Civil Veterinary Dept. North-West Frontier Province 1901-22 - 1901-1922
Year: 1901
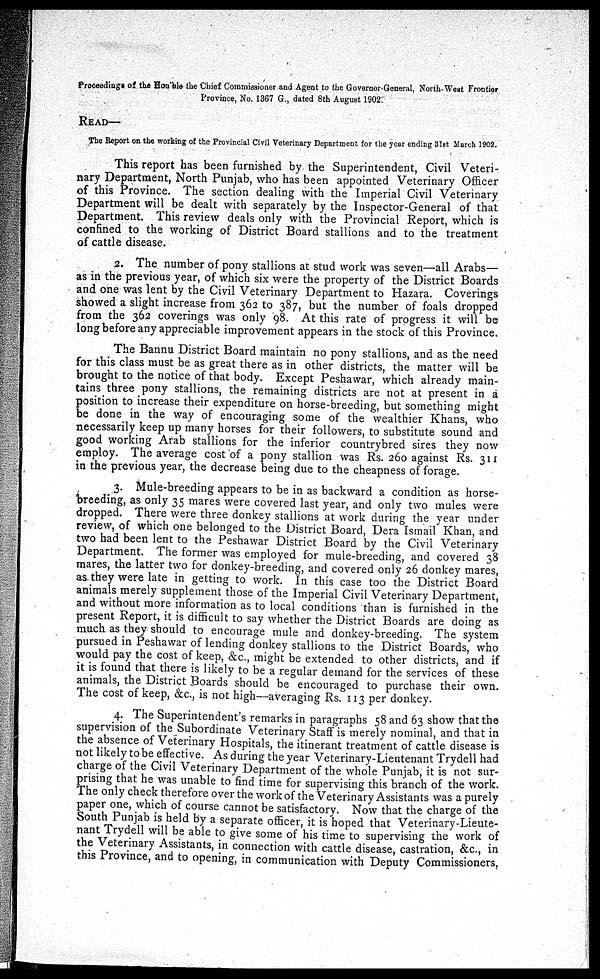
Proceedings of the Hon'ble the Chief Commissioner and Agent to the Governor-General, North-West Frontier
Province, No. 1367 G., dated 8th August 1902.
READ—
The Report on the working of the Provincial Civil Veterinary Department for the year ending 31st March 1902.
This report has been furnished by the Superintendent, Civil Veteri-
nary Department, North Punjab, who has been appointed Veterinary Officer
of this Province. The section dealing with the Imperial Civil Veterinary
Department will be dealt with separately by the Inspector-General of that
Department. This review deals only with the Provincial Report, which is
confined to the working of District Board stallions and to the treatment
of cattle disease.
2. The number of pony stallions at stud work was seven—all Arabs—
as in the previous year, of which six were the property of the District Boards
and one was lent by the Civil Veterinary Department to Hazara. Coverings
showed a slight increase from 362 to 387, but the number of foals dropped
from the 362 coverings was only 98. At this rate of progress it will be
long before any appreciable improvement appears in the stock of this Province.
The Bannu District Board maintain no pony stallions, and as the need
for this class must be as great there as in other districts, the matter will be
brought to the notice of that body. Except Peshawar, which already main-
tains three pony stallions, the remaining districts are not at present in a
position to increase their expenditure on horse-breeding, but something might
be done in the way of encouraging some of the wealthier Khans, who
necessarily keep up many horses for their followers, to substitute sound and
good working Arab stallions for the inferior countrybred sires they now
employ. The average cost of a pony stallion was Rs. 260 against Rs. 311
in the previous year, the decrease being due to the cheapness of forage.
3. Mule-breeding appears to be in as backward a condition as horse-
breeding, as only 35 mares were covered last year, and only two mules were
dropped. There were three donkey stallions at work during the year under
review, of which one belonged to the District Board, Dera Ismail Khan, and
two had been lent to the Peshawar District Board by the Civil Veterinary
Department. The former was employed for mule-breeding, and covered 38
mares, the latter two for donkey-breeding, and covered only 26 donkey mares,
as they were late in getting to work. In this case too the District Board
animals merely supplement those of the Imperial Civil Veterinary Department,
and without more information as to local conditions than is furnished in the
present Report, it is difficult to say whether the District Boards are doing as
much as they should to encourage mule and donkey-breeding. The system
pursued in Peshawar of lending donkey stallions to the District Boards, who
would pay the cost of keep, &c., might be extended to other districts, and if
it is found that there is likely to be a regular demand for the services of these
animals, the District Boards should be encouraged to purchase their own.
The cost of keep, &c., is not high—averaging Rs. 113 per donkey.
4. The Superintendent's remarks in paragraphs 58 and 63 show that the
supervision of the Subordinate Veterinary Staff is merely nominal, and that in
the absence of Veterinary Hospitals, the itinerant treatment of cattle disease is
not likely to be effective. As during the year Veterinary-Lieutenant Trydell had
charge of the Civil Veterinary Department of the whole Punjab, it is not sur-
prising that he was unable to find time for supervising this branch of the work.
The only check therefore over the work of the Veterinary Assistants was a purely
paper one, which of course cannot be satisfactory. Now that the charge of the
South Punjab is held by a separate officer, it is hoped that Veterinary-Lieute-
nant Trydell will be able to give some of his time to supervising the work of
the Veterinary Assistants, in connection with cattle disease, castration, &c., in
this Province, and to opening, in communication with Deputy Commissioners,